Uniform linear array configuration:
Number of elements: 64
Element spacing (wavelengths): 0.75
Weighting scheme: binomial
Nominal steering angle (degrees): -15
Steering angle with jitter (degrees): -14.435
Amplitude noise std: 0.05
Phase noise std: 0.05

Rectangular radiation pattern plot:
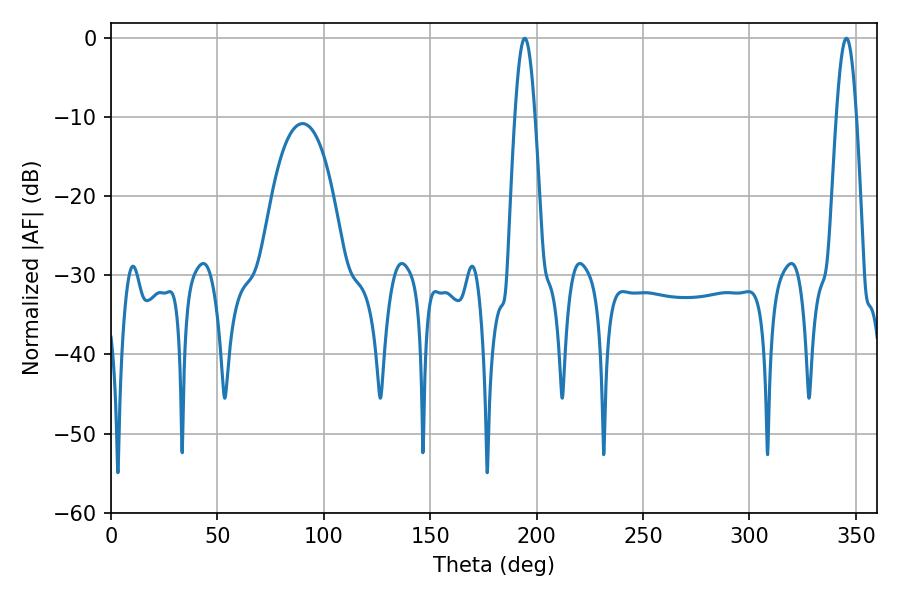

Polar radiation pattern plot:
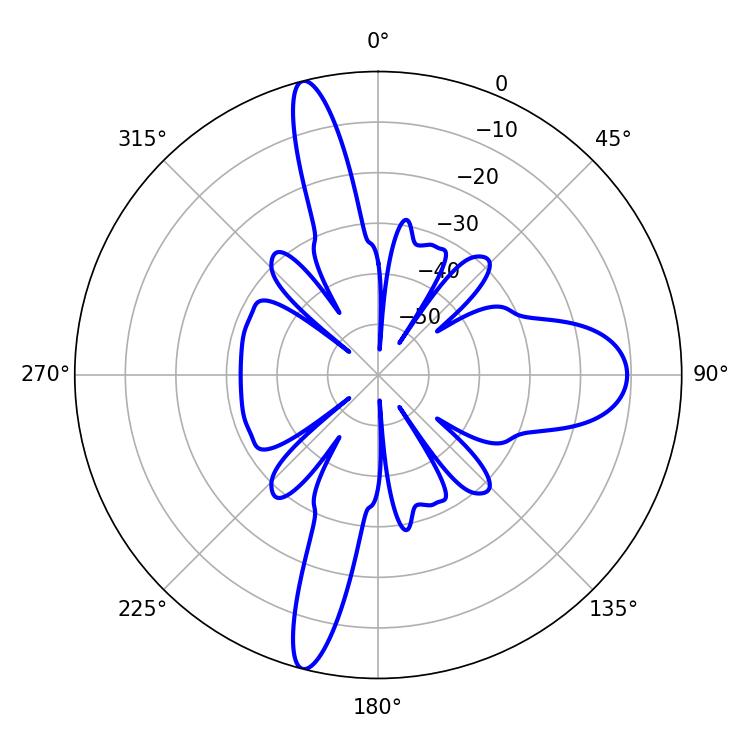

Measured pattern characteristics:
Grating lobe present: TRUE
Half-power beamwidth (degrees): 5.04
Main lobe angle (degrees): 194.4